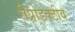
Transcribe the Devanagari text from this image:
रीप्रोडक्टीव